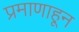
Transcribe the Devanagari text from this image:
प्रमाणाहून